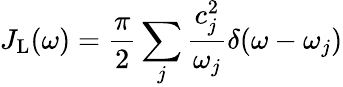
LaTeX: J_{\mathrm{L}}(\omega)=\frac{\pi}{2}\sum_{j}\frac{c_{j}^{2}}{{\omega}_{j}}\delta(\omega-{\omega}_{j})